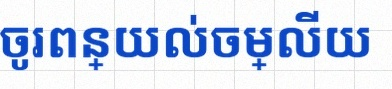
ចូរពន្យល់ចម្លើយ